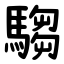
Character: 騶